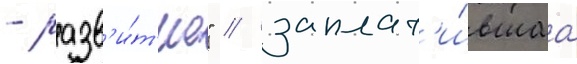
- разв'и́т'ие" / заплат'и́вшаа